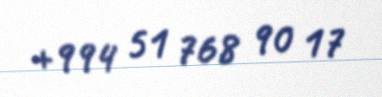
+994 51 768 90 17